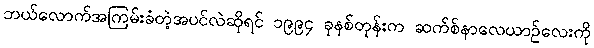
ဘယ်လောက်အကြမ်းခံတဲ့အပင်လဲဆိုရင် ၁၉၉၄ ခုနစ်တုန်းက ဆက်စ်နာလေယာဉ်လေးကို